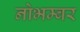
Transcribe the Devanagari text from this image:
नोभम्बर